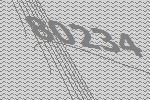
80234